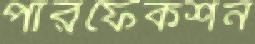
পারফেকশন